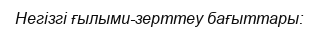
Негізгі ғылыми-зерттеу бағыттары: